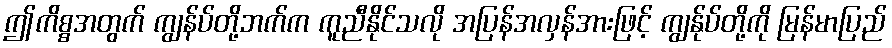
ဤကိစ္စအတွက် ကျွန်ပ်တို့ဘက်က ကူညီနိုင်သလို အပြန်အလှန်အားဖြင့် ကျွန်ုပ်တို့ကို မြန်မာပြည်